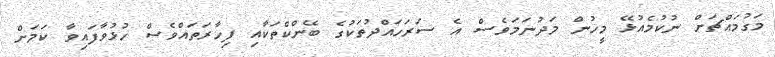
މަގުމައްޗަށް ނުކުމެއުޅޭ މީހުން މަދުނަމަވެސް އެ ސަރަހައްދުތަކުގެ ބޭންކްތަކާއި ފިހާރަތައްވެސް ހުޅުވާފައިވާ ކަމަށް